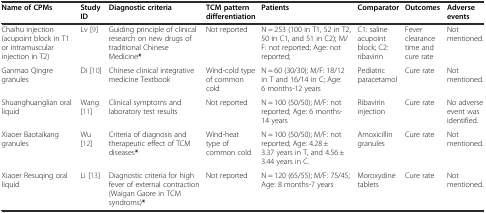
| Name of CPMs | Study ID | Diagnostic criteria | TCM pattern differentiation | Patients | Comparator | Outcomes | Adverse events |
 | --- | --- | --- | --- | --- | --- | --- | --- |
 | Chaihu injection (acupoint block in T1 or intramuscular injection in T2) | Lv [9] | Guiding principle of clinical research on new drugs of traditional Chinese Medicine* | Not reported | N = 253 (100 in T1, 52 in T2, 50 in C1, and 51 in C2); M/F: not reported; Age: not reported; | C1: saline acupoint block; C2: ribavirin | Fever clearance time and cure rate | Not mentioned. |
 | Ganmao Qingre granules | Di [10] | Chinese clinical integrative medicine Textbook | Wind-cold type of common cold | N = 60 (30/30); M/F: 18/12 in T and 16/14 in C; Age: 6 months-12 years | Pediatric paracetamol | Cure rate | Not mentioned. |
 | Shuanghuanglian oral liquid | Wang [11] | Clinical symptoms and laboratory test results | Not reported | N = 100 (50/50); M/F: not reported; Age: 6 months-14 years | Ribavirin injection | Cure rate | No adverse event was identified. |
 | Xiaoer Baotaikang granules | Wu [12] | Criteria of diagnosis and therapeutic effect of TCM diseases* | Wind-heat type of common cold | N = 100 (50/50); M/F: not reported; Age: 4.28 ± 3.37 years in T, and 4.56 ± 3.44 years in C. | Amoxicillin granules | Cure rate | Not mentioned. |
 | Xiaoer Resuqing oral liquid | Li [13] | Diagnostic criteria for high fever of external contraction (Waigan Gaore in TCM syndroms)* | Not reported | N = 120 (65/55); M/F: 75/45; Age: 8 months-7 years | Moroxydine tablets | Cure rate | Not mentioned. |